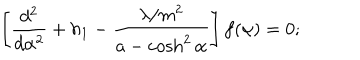
\left[ \frac { d ^ { 2 } } { d \alpha ^ { 2 } } + h _ { 1 } - \frac { \lambda / m ^ { 2 } } { a - \cosh ^ { 2 } \alpha } \right] f ( \alpha ) = 0 ;